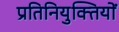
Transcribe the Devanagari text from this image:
प्रतिनियुक्तियों